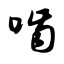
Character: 啮